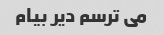
می ترسم دیر بیام